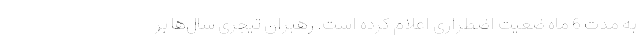
به مدت 6 ماه ضعیت اضطراری اعلام کرده است. رهبران تیجری سال‌ها بر